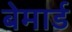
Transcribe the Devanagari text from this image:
बेमार्ड